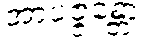
အာပဇ္ဇန္တော